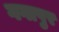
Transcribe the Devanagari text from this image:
गगापुर